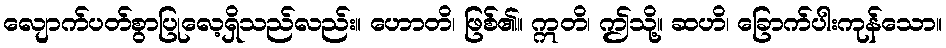
လျောက်ပတ်စွာပြုလေ့ရှိသည်လည်း။ ဟောတိ၊ ဖြစ်၏။ ဣတိ၊ ဤသို့။ ဆဟိ၊ ခြောက်ပါးကုန်သော။